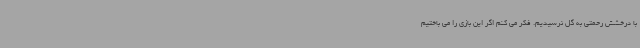
با درخشش رحمتی به گل نرسیدیم. فکر می کنم اگر این بازی را می باختیم